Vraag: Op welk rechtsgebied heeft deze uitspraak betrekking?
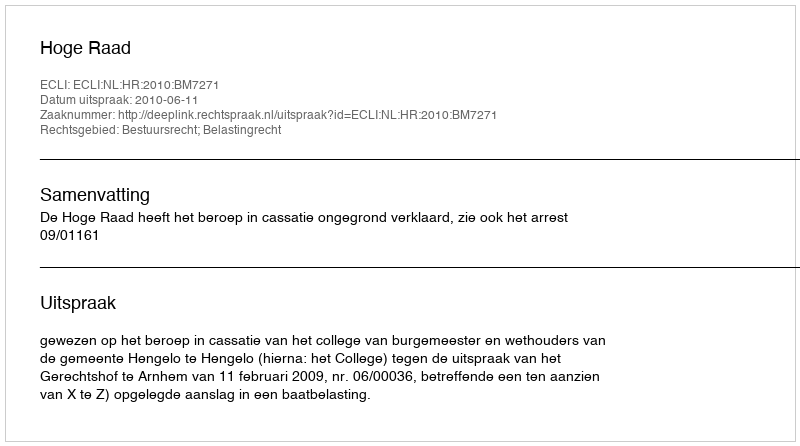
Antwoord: Bestuursrecht; Belastingrecht